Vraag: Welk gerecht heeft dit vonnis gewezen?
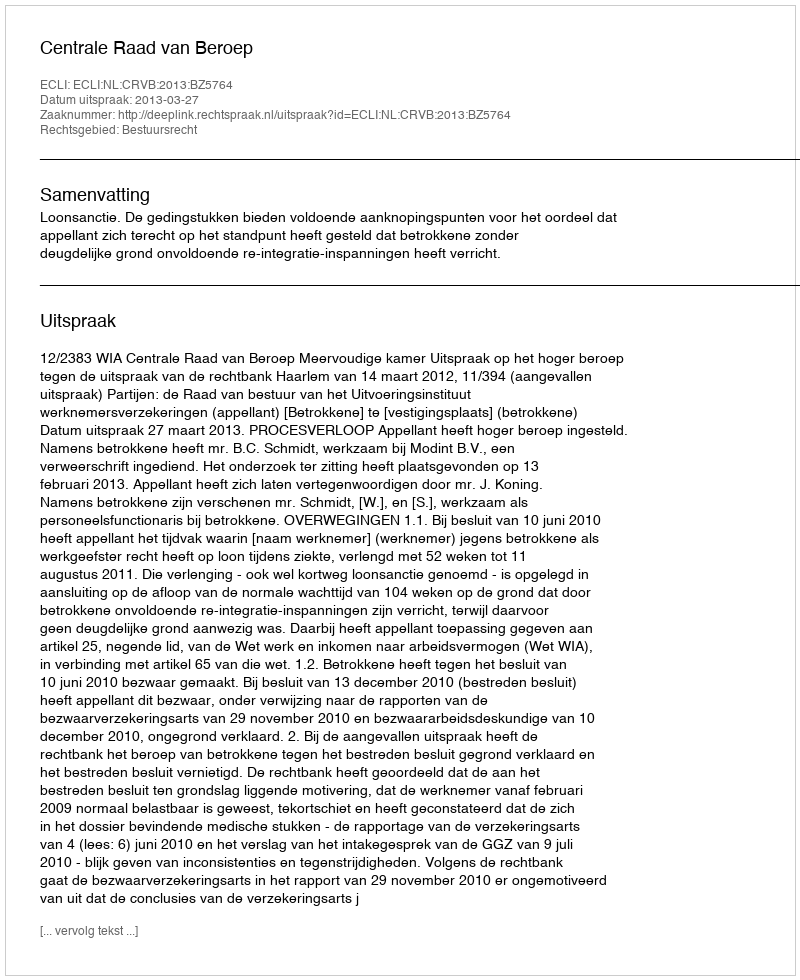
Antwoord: Centrale Raad van Beroep